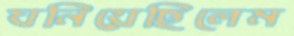
ঘনিয়েছিলেম